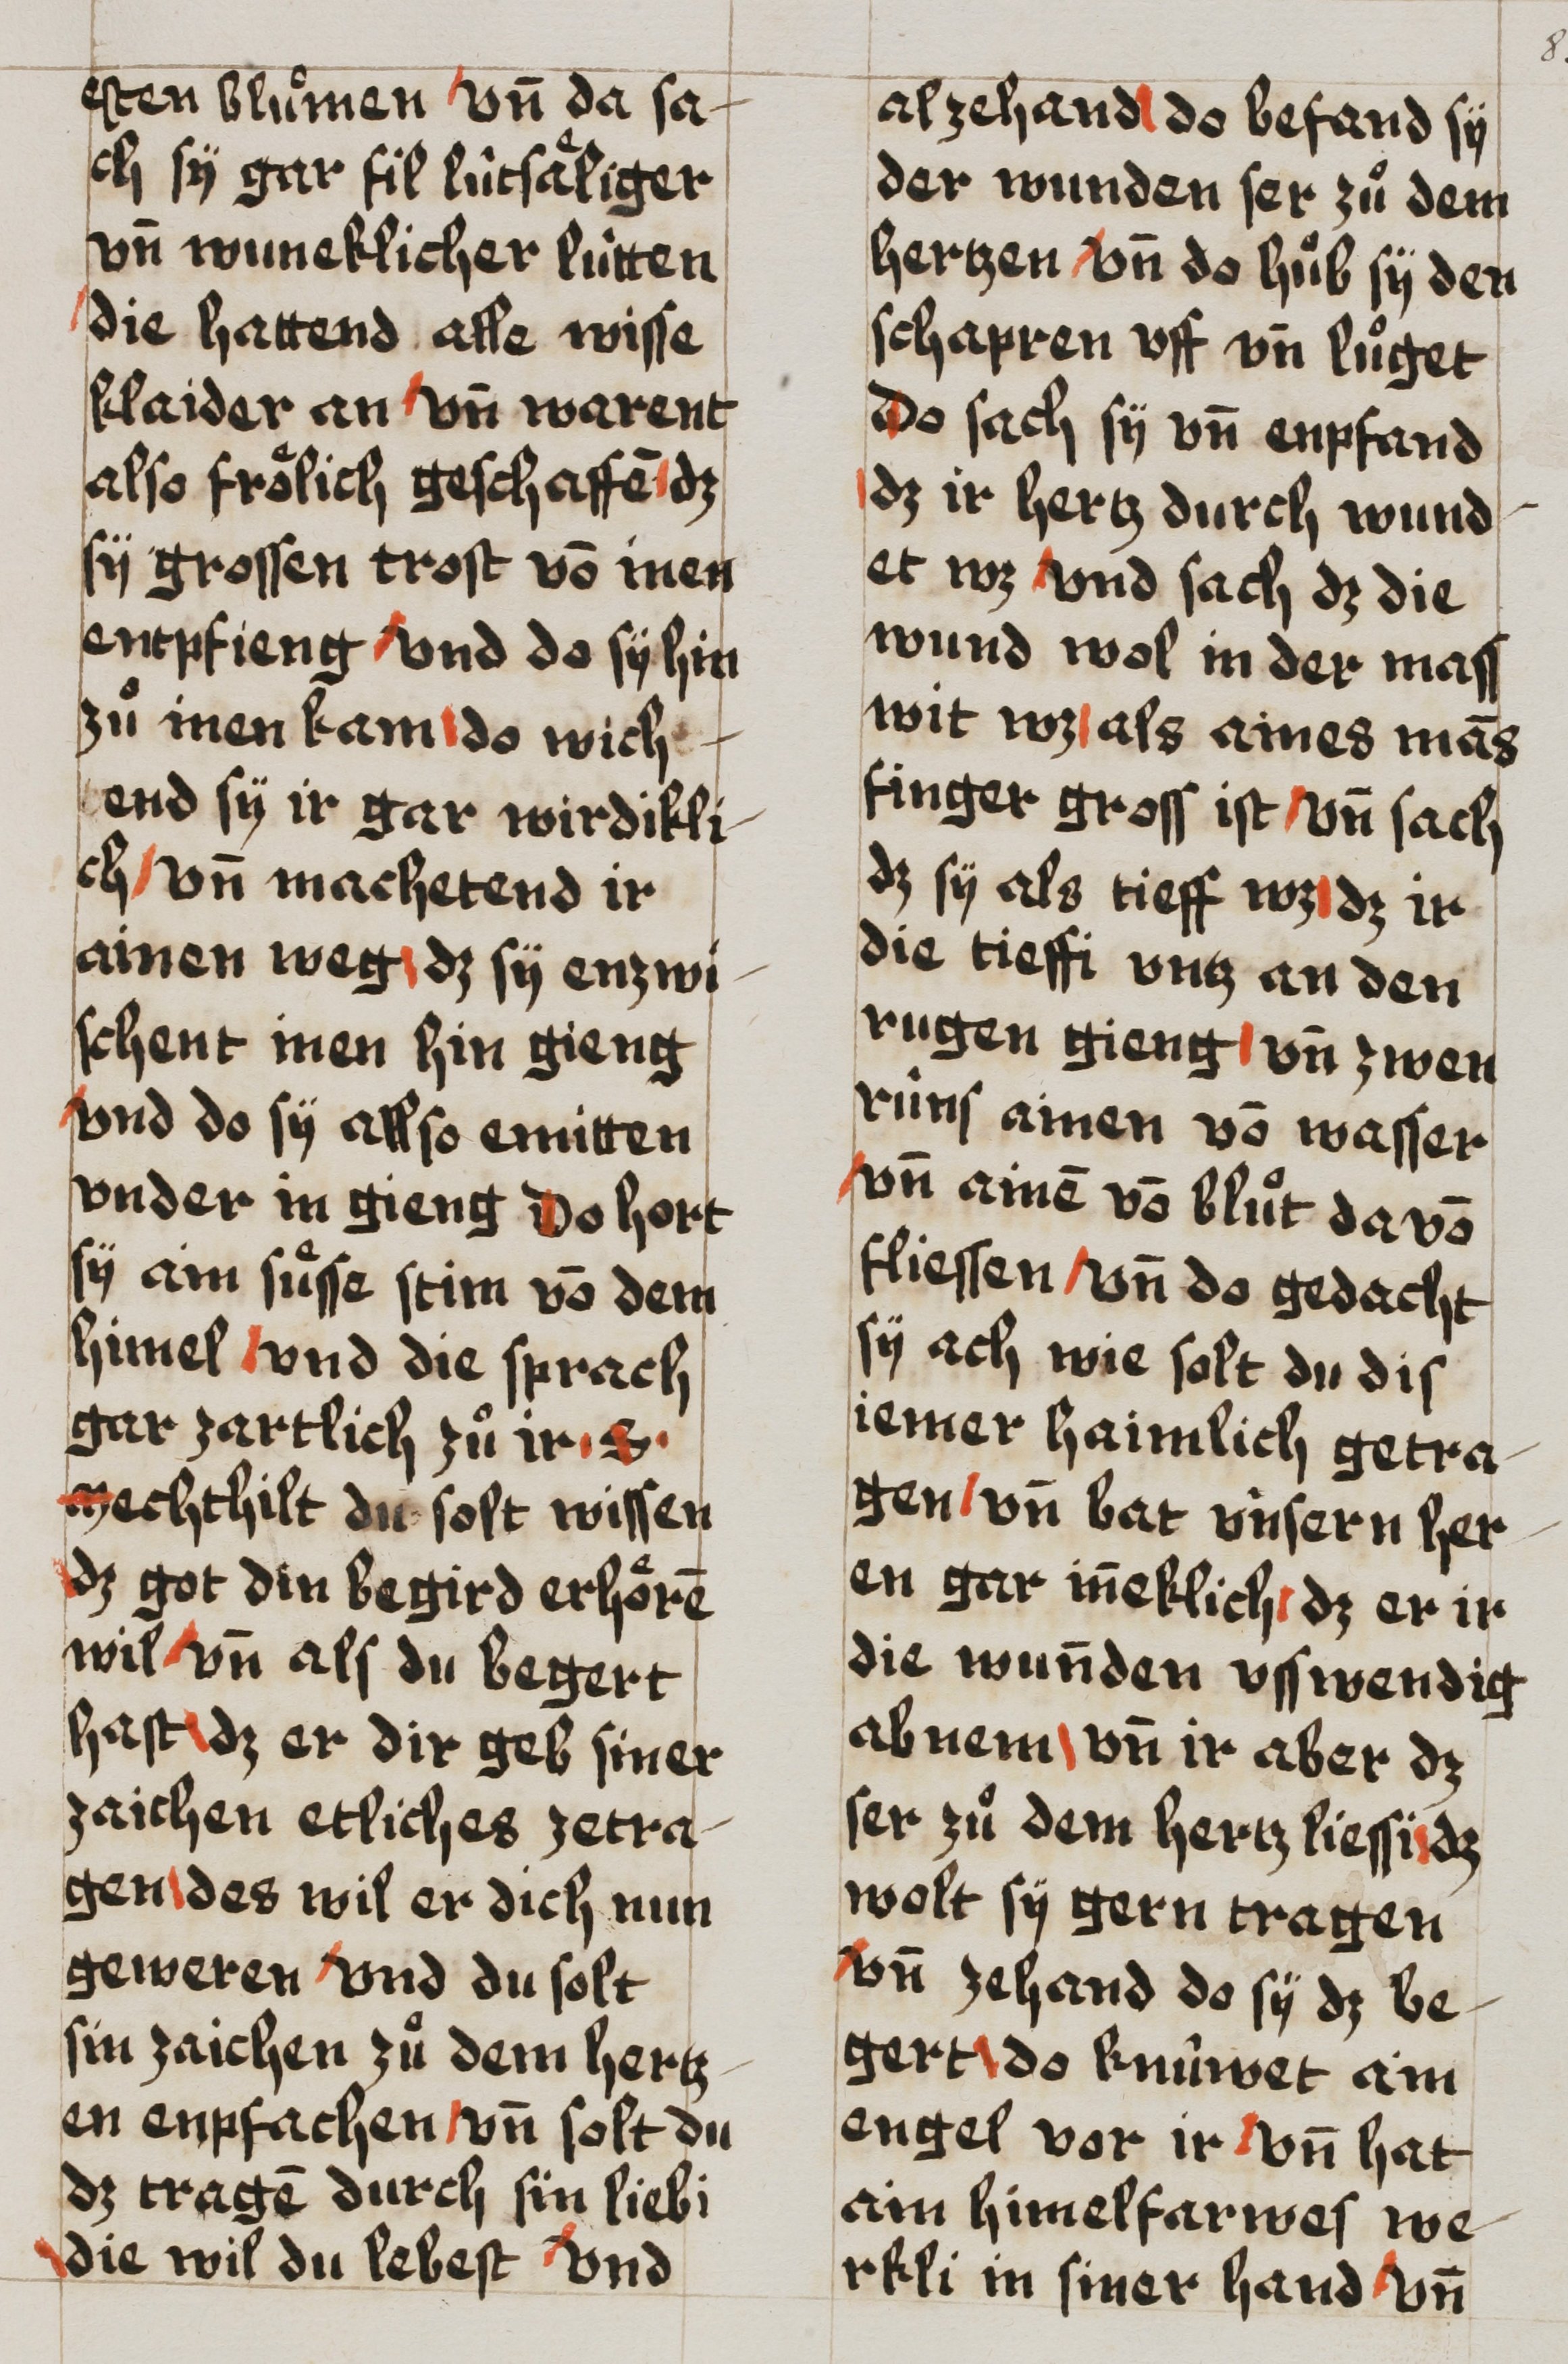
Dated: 1493–1493